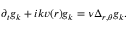
\partial _ { t } g _ { k } + i k v ( r ) g _ { k } = \nu \Delta _ { r , \theta } g _ { k } .